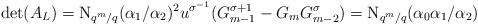
LaTeX: \begin{align*}\det(A_L) = \mathrm{N}_{q^m/q}(\alpha_1/\alpha_2)^2u^{\sigma^{-1}}(G_{m-1}^{\sigma+1}- G_mG^\sigma_{m-2})=\mathrm{N}_{q^m/q} (\alpha_0\alpha_1/\alpha_2)\end{align*}